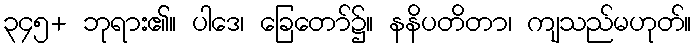
၃၄၅+ ဘုရား၏။ ပါဒေ၊ ခြေတော်၌။ နနိပတိတာ၊ ကျသည်မဟုတ်။